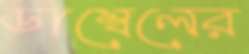
ডাম্বেলের